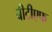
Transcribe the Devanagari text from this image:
बीटीएफ